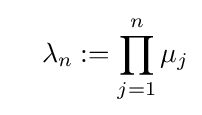
\quad \lambda _{n}:=\prod \limits _{j=1}^{n}\mu _{j}